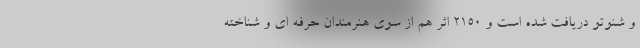
و شنوتو دریافت شده است و ۲۱۵۰ اثر هم از سوی هنرمندان حرفه ای و شناخته